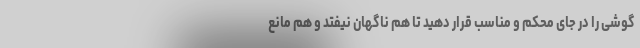
گوشی را در جای محکم و مناسب قرار دهید تا هم ناگهان نیفتد و هم مانع